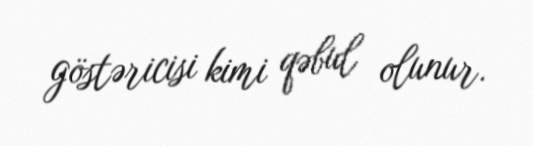
göstəricisi kimi qəbul olunur.